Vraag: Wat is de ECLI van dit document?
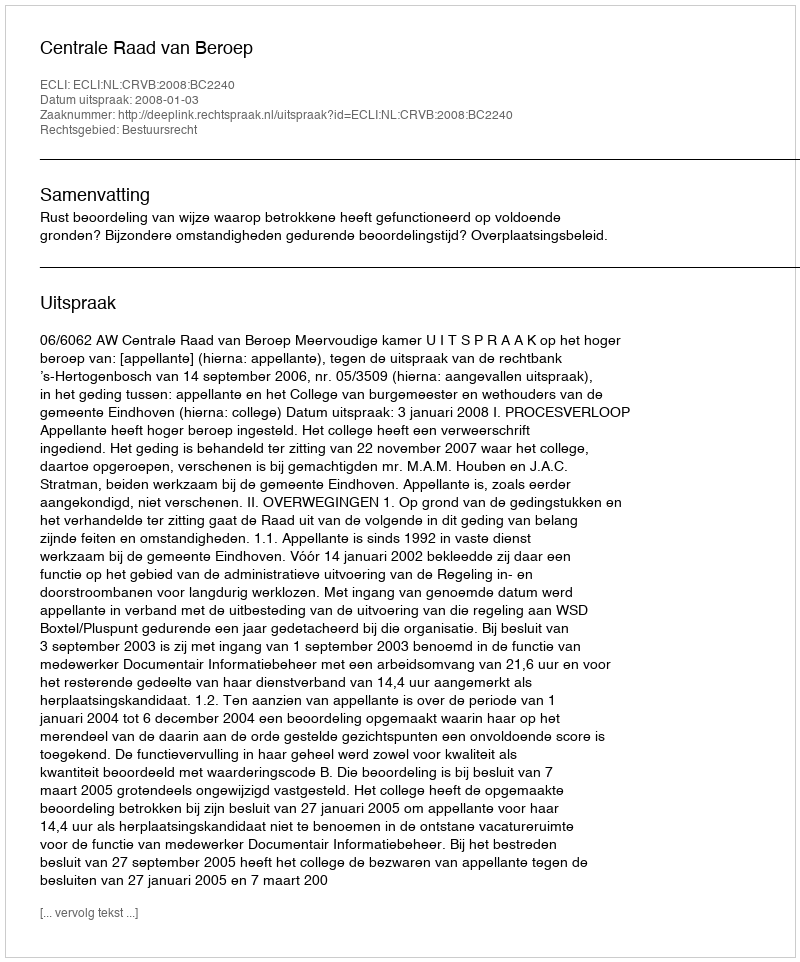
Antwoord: ECLI:NL:CRVB:2008:BC2240